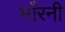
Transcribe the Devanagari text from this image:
माँरनी